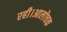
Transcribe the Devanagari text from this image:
रही।आलोचक